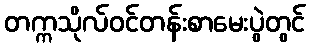
တက္ကသိုလ်ဝင်တန်းစာမေးပွဲတွင်